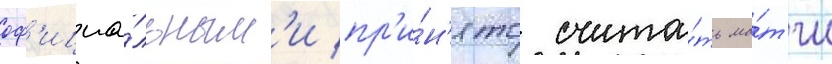
оф'ициа́льным'и пр'и́н'ято счита́ть ма́тчи